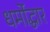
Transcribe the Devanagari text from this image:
धर्मोद्धार